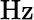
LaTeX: \textrm{Hz}